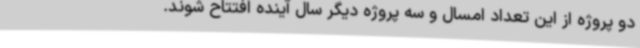
دو پروژه از این تعداد امسال و سه پروژه دیگر سال آینده افتتاح شوند.